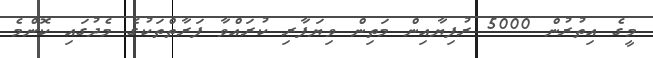
މީގެ އިތުރުން 5000 ރުފިޔާއިން މަތިން ވިޔަފާރި ކުރައްވާ ފަރާތްތަކުގެ މެދުގައި ކޮންމެ